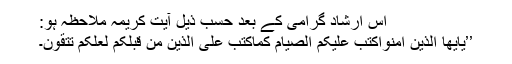
اس ارشادِ گرامی کے بعد حسبِ ذیل آیتِ کریمہ ملاحظہ ہو:
’’یٰأَیُّھَا الَّذِیْنَ أٰمَنُوْاکُتِبَ عَلَیْکُمُ الصِّیَامُ کَمَاکُتِبَ عَلٰی الَّذِیْنَ مِنْ قَبْلِکُمْ لَعَلَّکُمْ تَتَّقُوْنَ۔